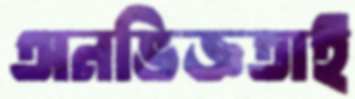
অনভিজ্ঞতাই